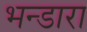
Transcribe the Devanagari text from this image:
भन्डारा